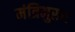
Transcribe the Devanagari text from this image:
मंत्रिमुख्य